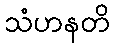
သံဟနတိ